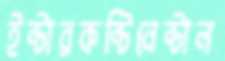
ইন্টারকন্টিনেন্টাল